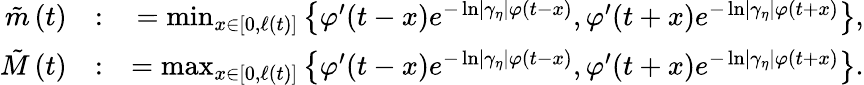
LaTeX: \begin{array}{rlr}{\tilde{m}\left(t\right)}&{:}&{=\operatorname*{min}_{x\in\left[0,\ell\left(t\right)\right]}\left\{ \varphi^{\prime}(t-x)e^{-\ln\left\vert\gamma_{\eta}\right\vert\varphi(t-x)},\varphi^{\prime}(t+x)e^{-\ln\left\vert\gamma_{\eta}\right\vert\varphi(t+x)}\right\} ,}\\ {\tilde{M}\left(t\right)}&{:}&{=\operatorname*{max}_{x\in\left[0,\ell\left(t\right)\right]}\left\{ \varphi^{\prime}(t-x)e^{-\ln\left\vert\gamma_{\eta}\right\vert\varphi(t-x)},\varphi^{\prime}(t+x)e^{-\ln\left\vert\gamma_{\eta}\right\vert\varphi(t+x)}\right\} .}\end{array}